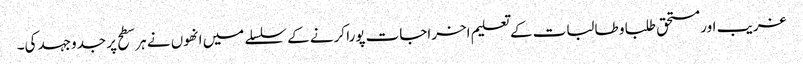
غریب اور مستحق طلبا و طالبات کے تعلیم اخراجات پورا کرنے کے سلسلے میں انھوں نے ہر سطح پر جدوجہد کی۔